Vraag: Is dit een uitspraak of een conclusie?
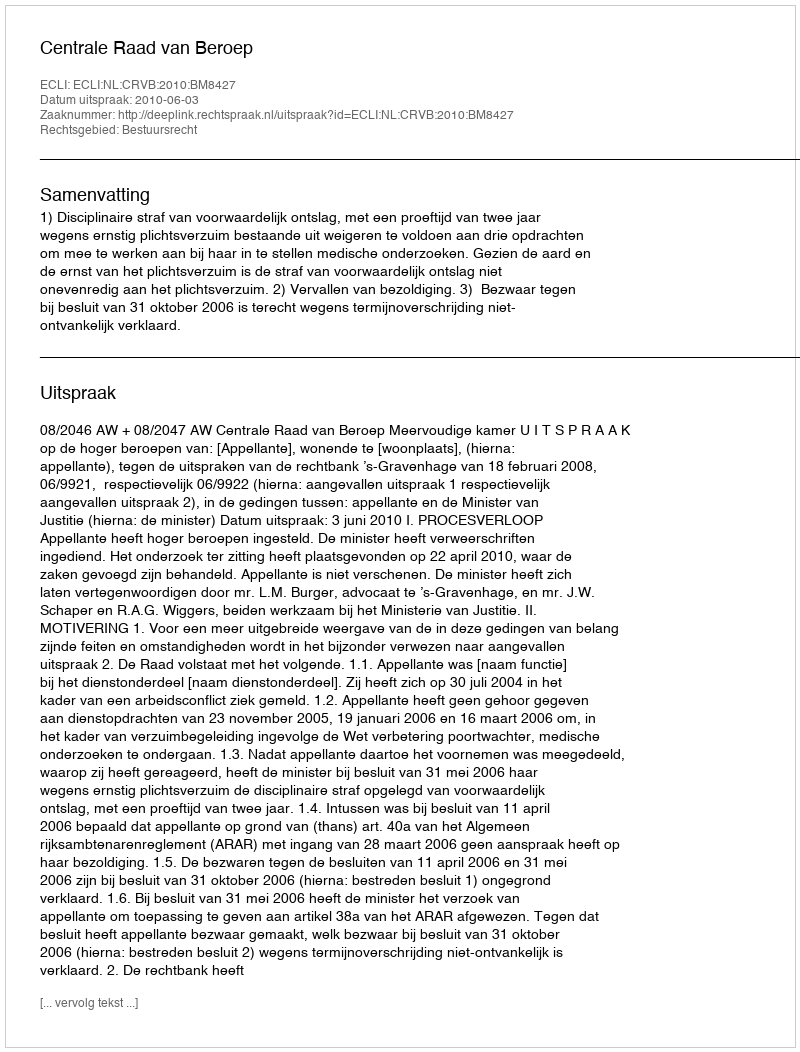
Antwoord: Uitspraak